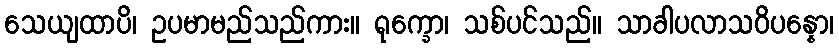
သေယျထာပိ၊ ဥပမာမည်သည်ကား။ ရုက္ခော၊ သစ်ပင်သည်။ သာခါပလာသဝိပန္နော၊